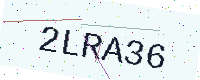
Text: 2LRA36